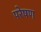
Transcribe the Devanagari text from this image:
परेषण